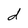
Character: d